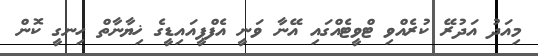
މިއަދު އަދުރޭ ކުރެއްވި ޓްވީޓެއްގައި އޭނާ ވަނީ އެފްޕީއައިޑީގެ ޚިޔާނާތް ހިނގީ ކޮން